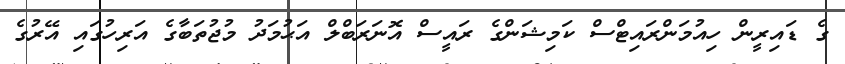
ގެ ޑައިރީން ހިއުމަންރައިޓްސް ކަމިޝަންގެ ރައީސް އޮނަރަބްލް އަޙުމަދު މުޖުތަބާގެ އަރިހުގައި އޭރުގެ